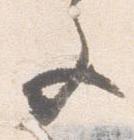
文